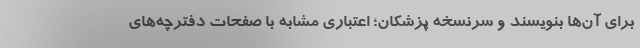
برای آن‌ها بنویسند و سرنسخه پزشکان؛ اعتباری مشابه با صفحات دفترچه‌های